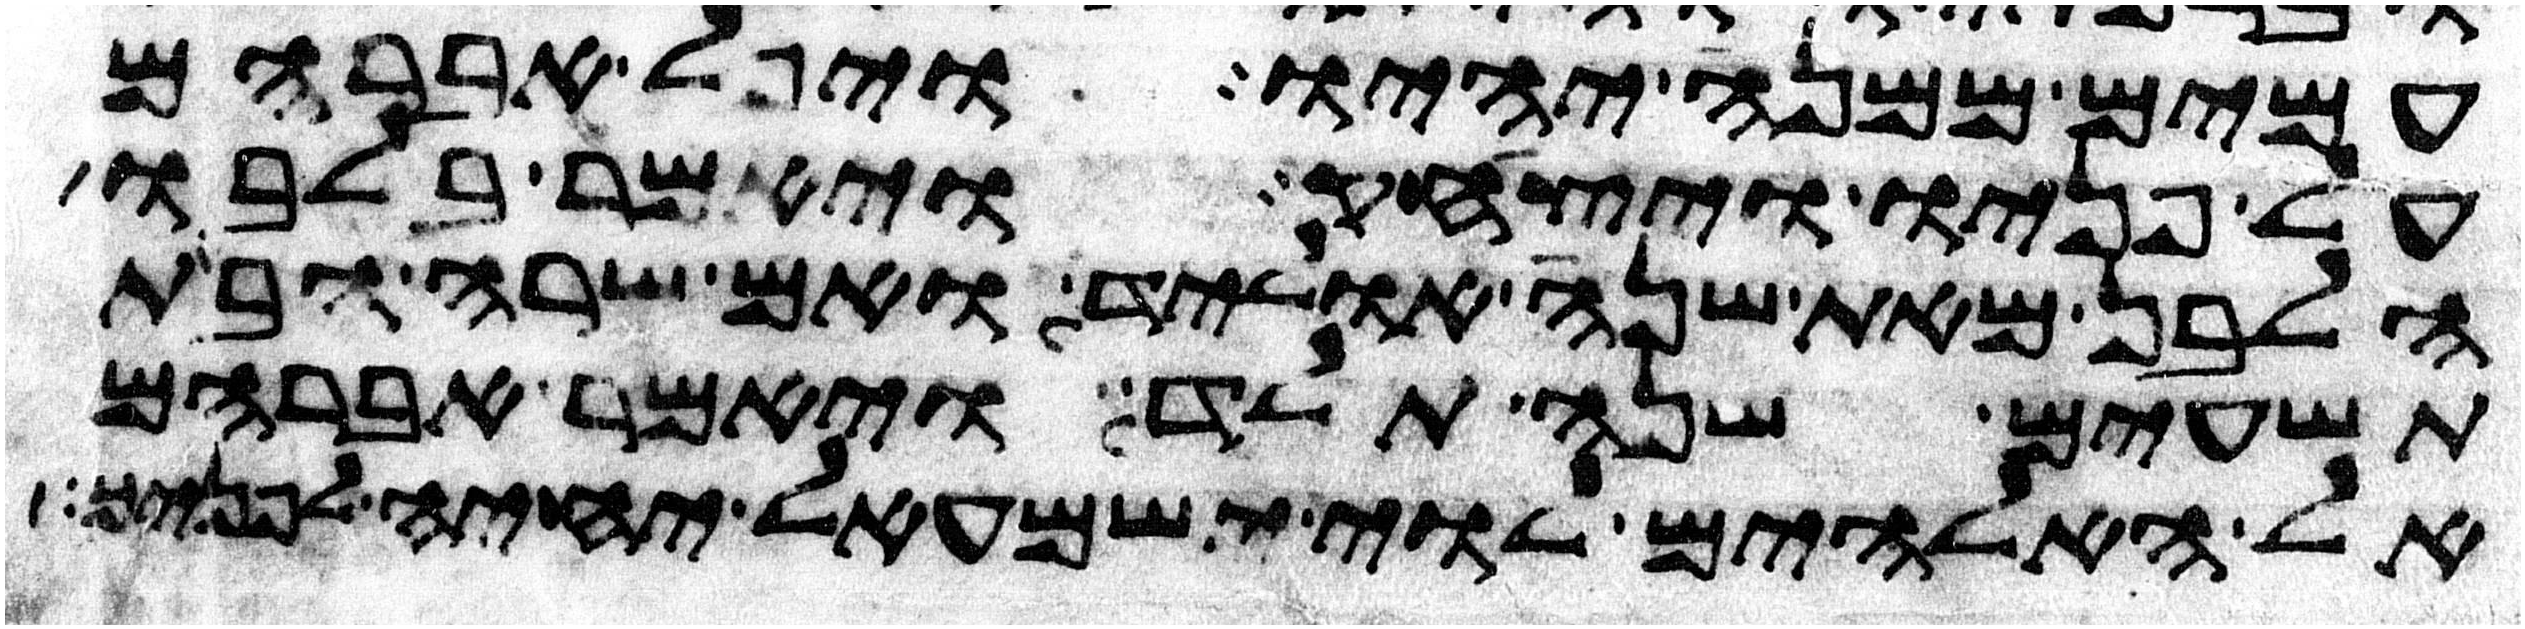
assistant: עמים ממנה יהיו ויפל אברהם
על פניו ויצחק ויאמר בלבו
הלבן מאת שנה אוליד ואם שרה הבת
תשעים שנה תלד ויאמר אברהם
אל האלהים לוי ישמעאל יחיה לפניך